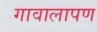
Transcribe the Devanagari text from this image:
गावालापण